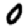
Digit: 0